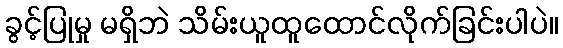
ခွင့်ပြုမှု မရှိဘဲ သိမ်းယူထူထောင်လိုက်ခြင်းပါပဲ။